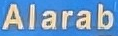
Alarab